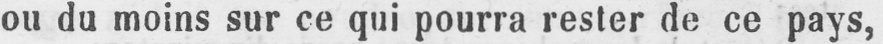
ou du moins sur ce qui pourra rester de ce pays,